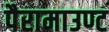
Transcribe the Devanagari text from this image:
पैरामाउण्ट